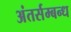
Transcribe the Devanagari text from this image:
अंतर्सम्बन्ध